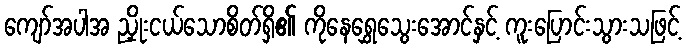
ကျော်အပါအ ညှိုးငယ်သောစိတ်ရှိ၏ ကိုနေရွှေသွေးအောင်နှင့် ကူးပြောင်းသွားသဖြင့်